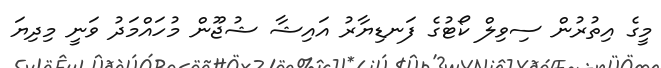
މީގެ އިތުރުން ސިވިލް ކޯޓުގެ ފަނޑިޔާރު އައިޝާ ޝުޖޫން މުހައްމަދު ވަނީ މިދިޔަ